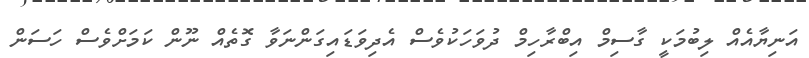
އަނިޔާއެއް ލިބުމަކީ ގާސިމް އިބްރާހިމް ދުވަހަކުވެސް އެދިވަޑައިގަންނަވާ ގޮތެއް ނޫން ކަމަށްވެސް ހަސަން